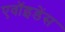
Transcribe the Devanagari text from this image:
एवॉइडेंस